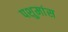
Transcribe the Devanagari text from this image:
पशुमांस